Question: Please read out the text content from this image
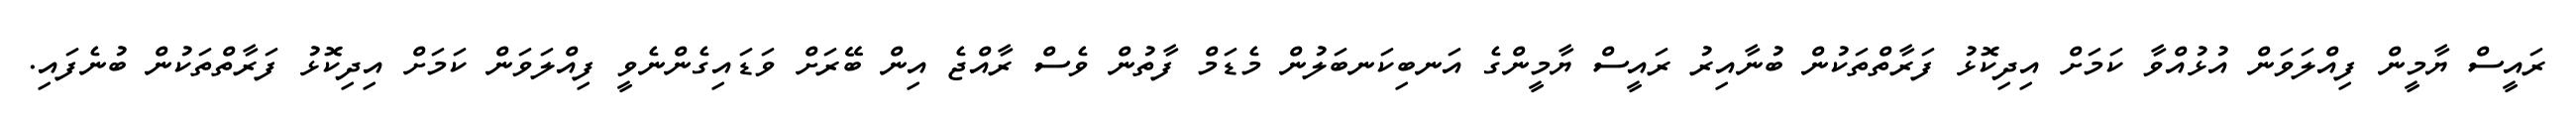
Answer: ރައީސް ޔާމީން ފިއްލަވަން އުޅުއްވާ ކަމަށް އިދިކޮޅު ފަރާތްތަކުން ބުނާއިރު ރައީސް ޔާމީންގެ އަނބިކަނބަލުން މެޑަމް ފާތުން ވެސް ރާއްޖެ އިން ބޭރަށް ވަޑައިގެންނެވީ ފިއްލަވަން ކަމަށް އިދިކޮޅު ފަރާތްތަކުން ބުނެފައި.